Vaccination in Burma 1900-1911 - 1900-1911
Year: 1900
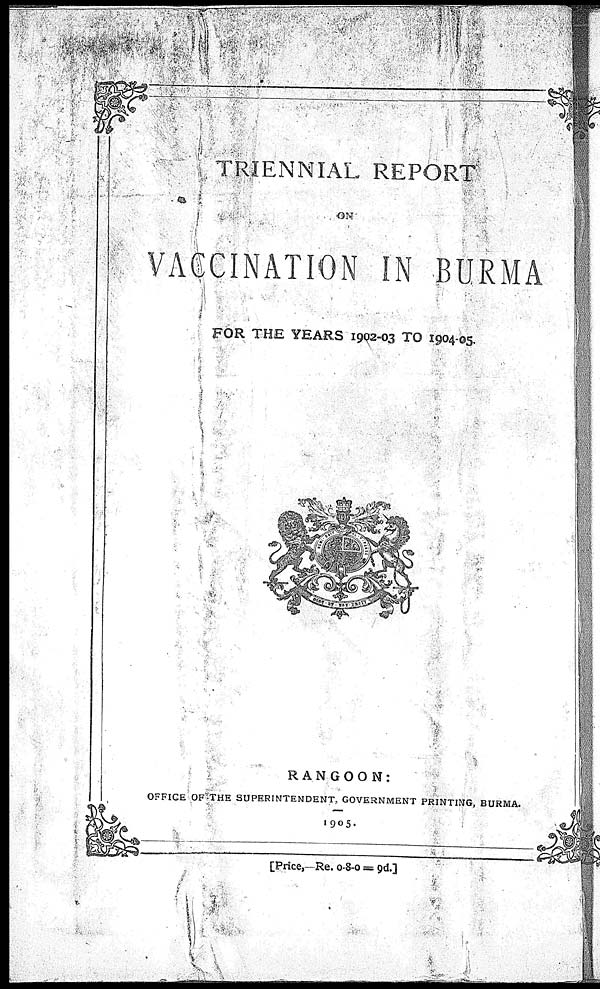
TRIENNIAL REPORT
ON
VACCINATION IN BURMA
FOR THE YEARS 1902-03 TO 1904-05
RANGOON:
OFFICE OF THE SUPERINTENDENT, GOVERNMENT PRINTING, BURMA.
1905.
[Price,—Re. 0-8-0 = 9d.]